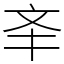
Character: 㪯